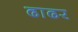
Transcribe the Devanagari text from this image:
ढाढर